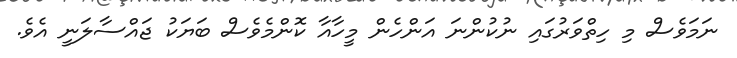
ނަމަވެސް މި ހިތްވަރުގައި ނުކުންނަ އަންހެން މީހާއާ ކޮންމެވެސް ބަޔަކު ޖައްސާލަނީ އެވެ.